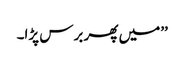
’’میں پھر برس پڑا۔